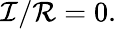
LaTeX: {\mathcal{I}}/{\mathcal{R}}=0.